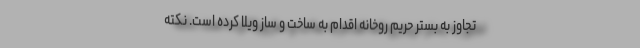
تجاوز به بستر حریم روخانه اقدام به ساخت و ساز ویلا کرده است. نکته